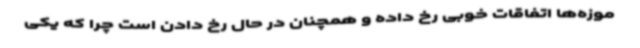
موزه‌ها اتفاقات خوبی رخ داده و همچنان در حال رخ دادن است چرا که یکی